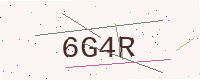
Text: 6G4R